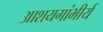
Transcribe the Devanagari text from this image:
आशयगांभीर्य